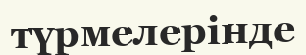
түрмелерінде